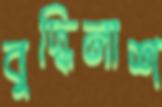
বুদ্ধিনাশ